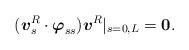
LaTeX: \begin{align*}(\mbox{\mathversion{bold}$v$}^{R}_{s}\cdot \mbox{\mathversion{bold}$\varphi$}_{ss})\mbox{\mathversion{bold}$v$}^{R}\rvert _{s=0,L}=\mbox{\mathversion{bold}$0$}.\end{align*}